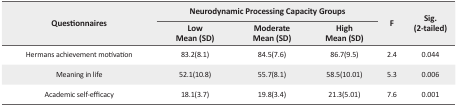
<table><thead><tr><td rowspan="3"><b>Questionnaires</b></td><td colspan="3"><b>Neurodynamic Processing Capacity Groups</b></td><td rowspan="3"><b>F</b></td><td rowspan="3"><b>Sig. (2-tailed)</b></td></tr><tr><td><b>Low Mean (SD)</b></td><td><b>Moderate Mean (SD)</b></td><td><b>High Mean (SD)</b></td></tr></thead><tbody><tr><td>Hermans achievement motivation</td><td>83.2(8.1)</td><td>84.5(7.6)</td><td>86.7(9.5)</td><td>2.4</td><td>0.044</td></tr><tr><td>Meaning in life</td><td>52.1(10.8)</td><td>55.7(8.1)</td><td>58.5(10.01)</td><td>5.3</td><td>0.006</td></tr><tr><td>Academic self-efficacy</td><td>18.1(3.7)</td><td>19.8(3.4)</td><td>21.3(5.01)</td><td>7.6</td><td>0.001</td></tr></tbody></table>